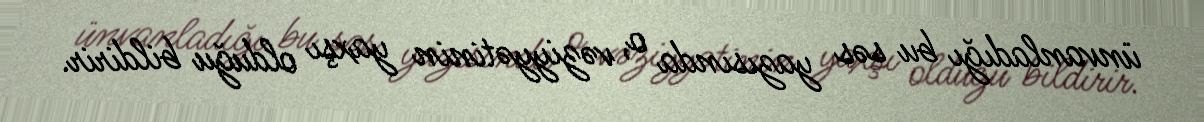
ünvanladığı bu səs yazısında o, vəziyyətinin yaxşı olduğu bildirir.